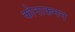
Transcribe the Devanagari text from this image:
कोनाकमन